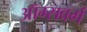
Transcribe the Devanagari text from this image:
ऑग्सवर्ग